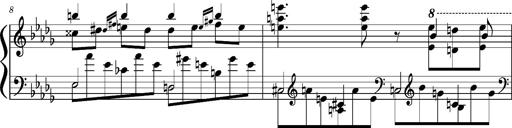
Title: Concerto sans orchestre, S.524a
Composer: Franz Liszt
Key: A major